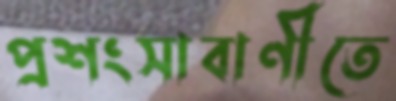
প্রশংসাবাণীতে